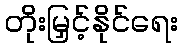
တိုးမြှင့်နိုင်ရေး